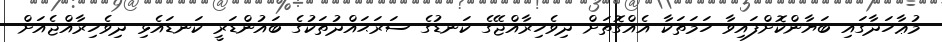
މުޢާހަދާގައި ބަޔާންކޮށްފައިވާ ހަމަތަކާ އެއްގޮތަށް ދިވެހިރާއްޖޭގެ ކަނޑުގެ ސަރަޙައްދުތަކުގެ ބައުންޑަރީ ކަނޑައެޅި ދިވެހިރާއްޖެއަށް